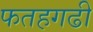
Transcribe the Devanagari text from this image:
फतहगढी